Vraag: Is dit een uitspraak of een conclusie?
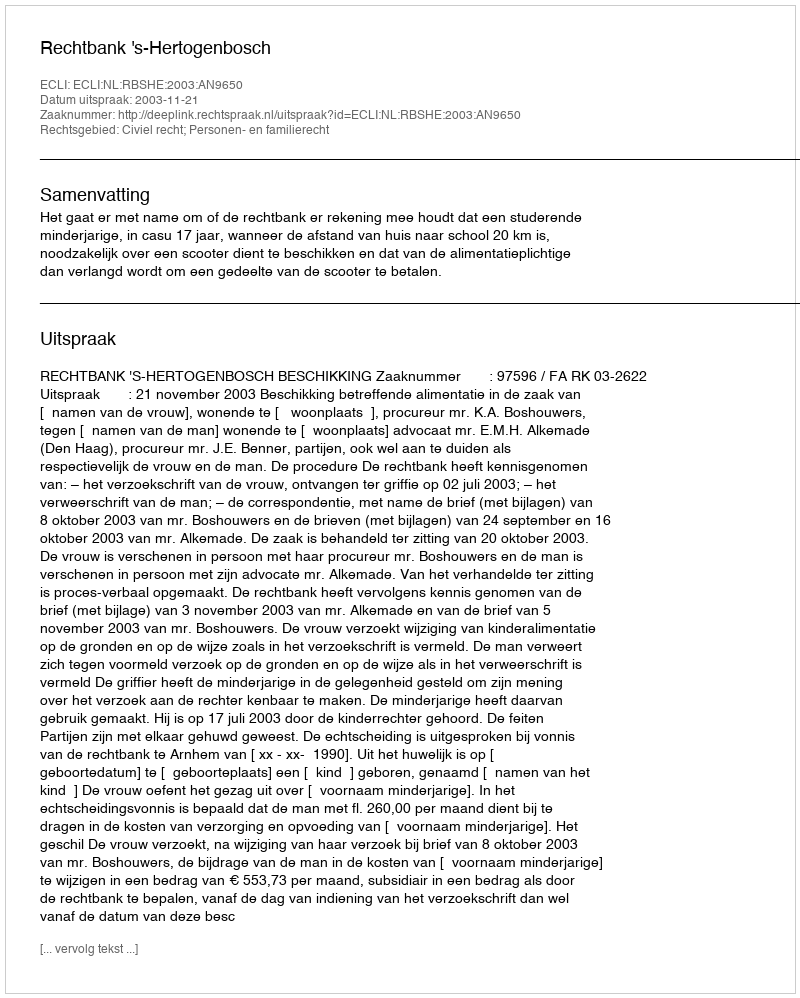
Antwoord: Uitspraak